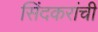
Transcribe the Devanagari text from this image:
सिंदकरांची